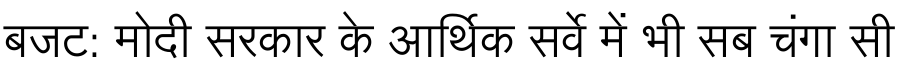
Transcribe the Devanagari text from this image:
बजट: मोदी सरकार के आर्थिक सर्वे में भी सब चंगा सी